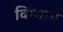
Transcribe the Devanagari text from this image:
विध्वाम